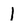
Character: 1